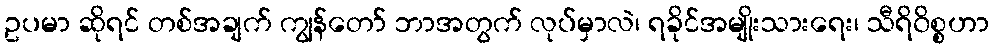
ဥပမာ ဆိုရင် တစ်အချက် ကျွန်တော် ဘာအတွက် လုပ်မှာလဲ၊ ရခိုင်အမျိုးသားရေး၊ သီရိ၀ိစ္စဟာ